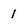
Character: l